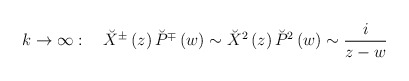
\begin{align*}k\rightarrow \infty :\quad \breve{X}^{\pm }\left( z\right) \breve{P}^{\mp}\left( w\right) \sim \breve{X}^2\left( z\right) \breve{P}^2\left( w\right)\sim \frac i{z-w}\end{align*}